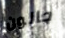
جالون